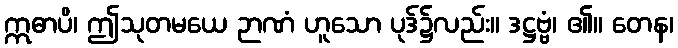
ဣဓာပိ၊ ဤသုတမယေ ဉာဏံ ဟူသော ပုဒ်၌လည်း။ ဒဋ္ဌဗ္ဗံ၊ ၏။ တေန၊